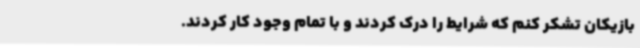
بازیکان تشکر کنم که شرایط را درک کردند و با تمام وجود کار کردند.